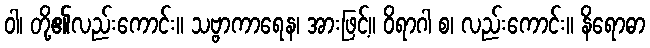
ဝါ၊ တို့၏လည်းကောင်း။ သဗ္ဗာကာရေန၊ အားဖြင့်။ ဝိရာဂါ စ၊ လည်းကောင်း။ နိရောဓာ